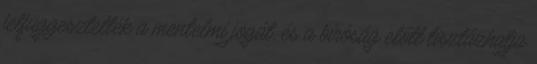
felfüggesztették a mentelmi jogát, és a bíróság előtt tisztázhatja